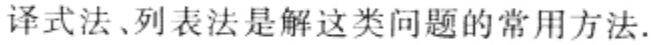
译式法、列表法是解这类问题的常用方法.